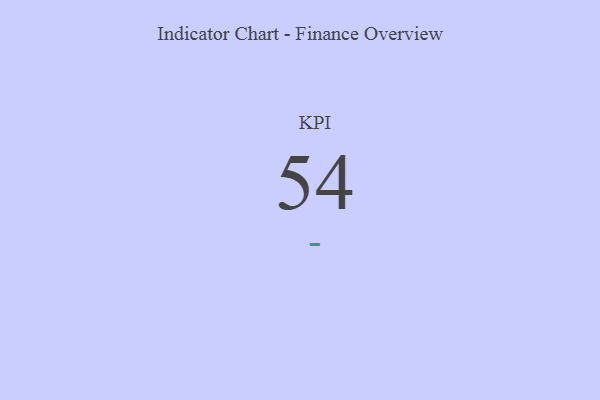
{"axis": {"x": "KPI", "y": "Value"}, "legend": [""], "data": [{"x": "KPI", "y": 54, "type": ""}]}